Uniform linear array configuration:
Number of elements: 4
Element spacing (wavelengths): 0.5
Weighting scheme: blackman
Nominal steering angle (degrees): -30
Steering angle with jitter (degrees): -31.736
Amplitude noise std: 0.05
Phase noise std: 0.05

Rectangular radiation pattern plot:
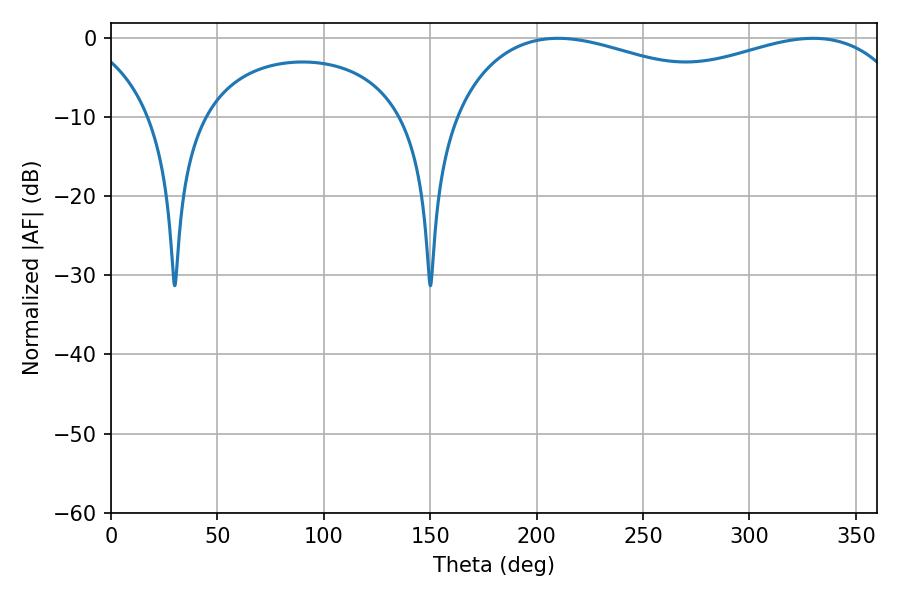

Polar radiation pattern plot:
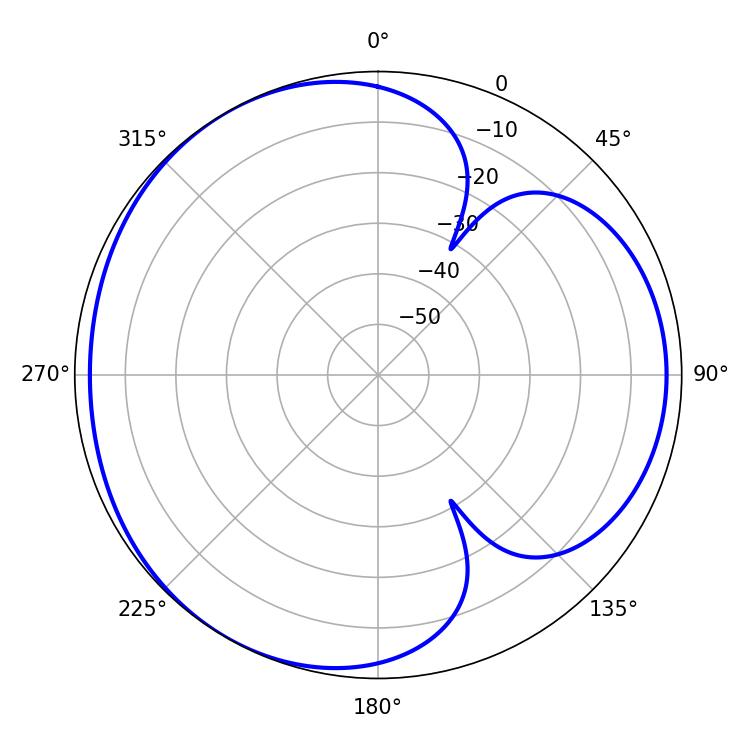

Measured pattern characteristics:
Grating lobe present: FALSE
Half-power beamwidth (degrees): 179.64
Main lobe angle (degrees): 210.06